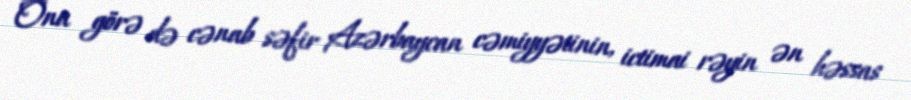
Ona görə də cənab səfir Azərbaycan cəmiyyətinin, ictimai rəyin ən həssas